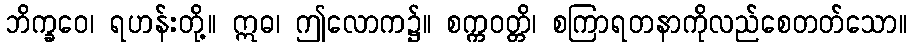
ဘိက္ခဝေ၊ ရဟန်းတို့။ ဣဓ၊ ဤလောက၌။ စက္ကဝတ္တိ၊ စကြာရတနာကိုလည်စေတတ်သော။